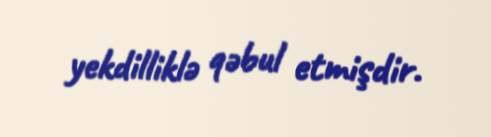
yekdilliklə qəbul etmişdir.